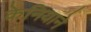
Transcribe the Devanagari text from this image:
केनियाने